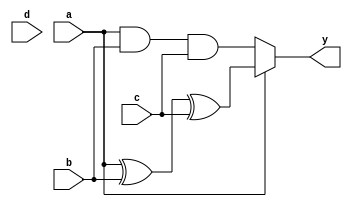
// Synthesizable circuit (the "device-under-test")

module CombinationalCircuit (a,b,c,d,y);
	input a,b,c,d;
	output y;

	reg y;

	always @ (a or b or c or d)
		y <= (a==0) ? (a & b & c) : (a ^ b ^ c);

endmodule